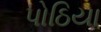
પોઠિયા